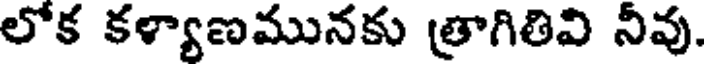
లోక కళ్యాణమునకు త్రాగితివి నీవు.